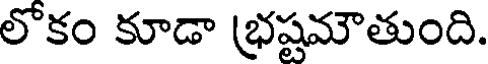
లొకం కూడా భ్రష్టమౌతుంది.